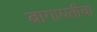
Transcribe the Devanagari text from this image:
बागायतीचा